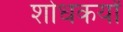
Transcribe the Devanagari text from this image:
शोधकर्यों